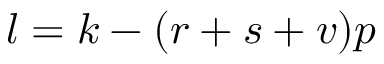
l = k - ( r + s + v ) p